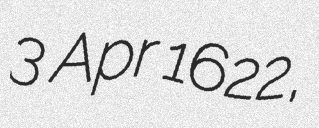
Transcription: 3 Apr 1622,